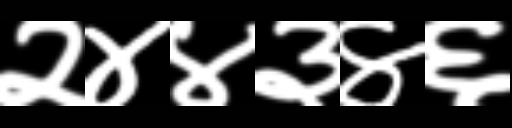
Text: २४४३४६